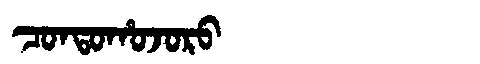
Manchu: ᠴᠣᠨᡨᠣᡥᠣᠵᠣᡵᠣ
Romanization: CONTOHOJORO